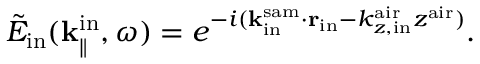
\Tilde { E } _ { \mathrm { i n } } ( { \bf k } _ { \parallel } ^ { \mathrm { i n } } , \omega ) = e ^ { - i ( { \bf k } _ { \mathrm { i n } } ^ { \mathrm { s a m } } \cdot { \bf r _ { \mathrm { i n } } } - k _ { z , \mathrm { i n } } ^ { \mathrm { a i r } } z ^ { \mathrm { a i r } } ) } .